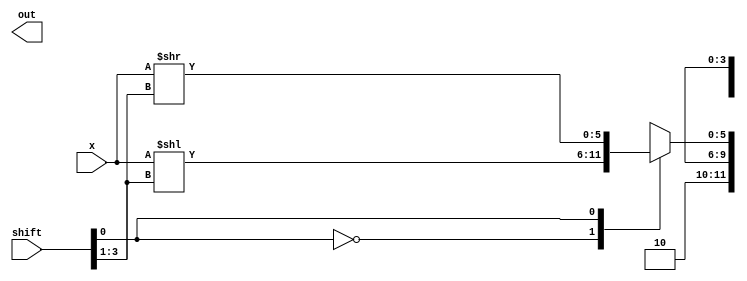
module Operation_5(
	input [5:0] x,
   input [3:0] shift,
   output reg [11:0] out
   );

integer i;

always @(*) begin
	out[11:10] = 2'b10;
	out[9:6] = 4'bx;
	i = shift[3:1];
	case (shift[0])
		1'b0: out[5:0] = x << i;
		1'b1: out[5:0] = x >> i;
	endcase
end

endmodule